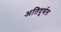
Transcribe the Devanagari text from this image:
अतिदुर्बल